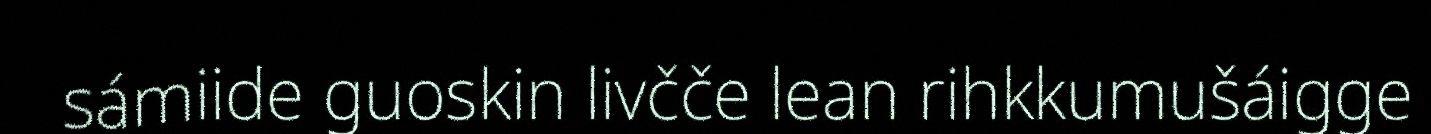
sámiide guoskin livčče lean rihkkumušáigge